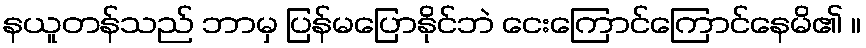
နယူတန်သည် ဘာမှ ပြန်မပြောနိုင်ဘဲ ငေးကြောင်ကြောင်နေမိ၏ ။